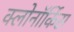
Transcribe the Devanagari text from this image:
क्लोनॉर्किस